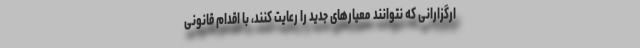
ارگزارانی که نتوانند معیارهای جدید را رعایت کنند، با اقدام قانونی